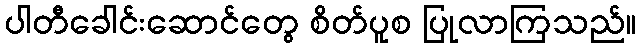
ပါတီခေါင်းဆောင်တွေ စိတ်ပူစ ပြုလာကြသည်။